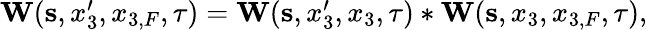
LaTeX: \begin{array}{r}{{\mathbf W}({\mathbf s},x_{3}^{\prime},x_{3,F},\tau)={\mathbf W}({\mathbf s},x_{3}^{\prime},x_{3},\tau)*{\mathbf W}({\mathbf s},x_{3},x_{3,F},\tau),}\end{array}